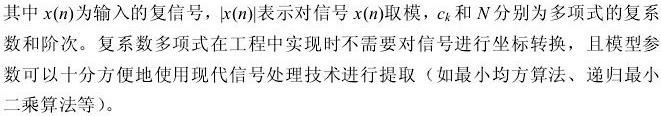
其中$x(n)$为输入的复信号，$|x(n)|$表示对信号$x(n)$取模，$c_k$和$N$分别为多项式的复系数和阶次。复系数多项式在工程中实现时不需要对信号进行坐标转换，且模型参数可以十分方便地使用现代信号处理技术进行提取（如最小均方算法、递归最小二乘算法等）。